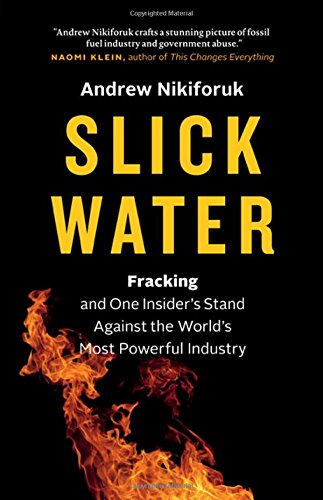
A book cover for Slick Water: Fracking and One Insider's Stand against the World's Most Powerful Industry; Andrew Nikiforuk; Law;